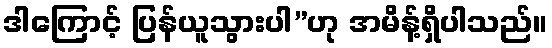
ဒါကြောင့် ပြန်ယူသွားပါ”ဟု အမိန့်ရှိပါသည်။